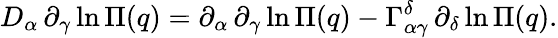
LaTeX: D_{\alpha}\, \partial_{\gamma}\ln\Pi(q)=\partial_{\alpha}\, \partial_{\gamma}\ln\Pi(q)-\Gamma_{\alpha\gamma}^{\delta}\, \partial_{\delta}\ln\Pi(q).